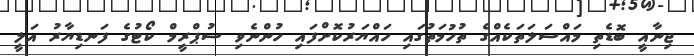
ޖިނާއީ ބޮޑެތި މައްސަލަތަކެއްގެ ތުހުމަތުގައި ހައްޔަރުކޮށްފައި ހުންނެވި ސުޕްރީމް ކޯޓުގެ ފަނޑިޔާރު އަލީ